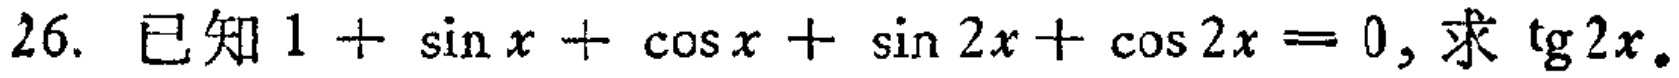
26. 已知\(1 + \sin x + \cos x + \sin 2x + \cos 2x = 0\)，求\(\mathrm{tg}2x\)。